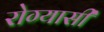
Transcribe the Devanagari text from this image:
रोग्यासी